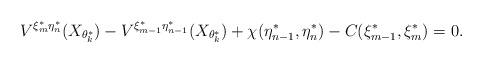
LaTeX: \begin{align*}V^{\xi^*_{m}\eta^*_{n}}(X_{\theta^*_{k}})-V^{\xi^*_{m-1}\eta^*_{n-1}}(X_{\theta^*_{k}})+\chi(\eta^*_{n-1},\eta^*_n)-C(\xi^*_{m-1},\xi^*_m)=0.\end{align*}